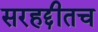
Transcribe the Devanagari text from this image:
सरहद्दीतच